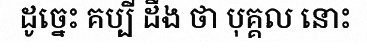
ដូច្នេះ គប្បី ដឹង ថា បុគ្គល នោះ